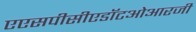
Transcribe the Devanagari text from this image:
एएसपीसीएडॉटओआरजी